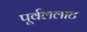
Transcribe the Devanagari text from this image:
पूर्वललाट